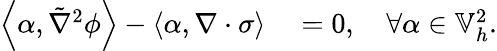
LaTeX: \begin{array}{rl}{\left\langle\alpha,\tilde{\nabla}^{2}\phi\right\rangle-\left\langle\alpha,\nabla\cdot\sigma\right\rangle}&{{}=0,\quad\forall\alpha\in\mathbb{V}_{h}^{2}.}\end{array}